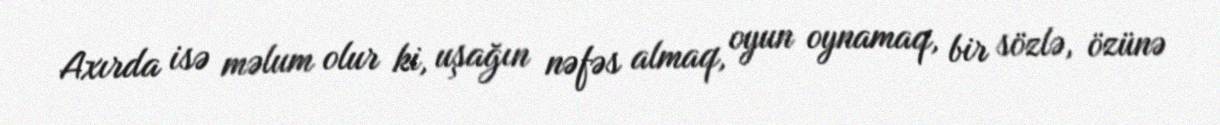
Axırda isə məlum olur ki, uşağın nəfəs almaq, oyun oynamaq, bir sözlə, özünə